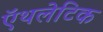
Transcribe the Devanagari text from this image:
ऍथलेटिक